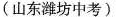
(山东潍坊中考)